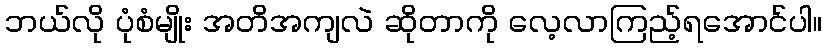
ဘယ်လို ပုံစံမျိုး အတိအကျလဲ ဆိုတာကို လေ့လာကြည့်ရအောင်ပါ။